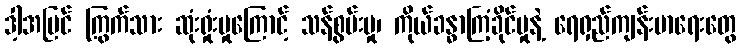
ဒါ့အပြင် ကြွက်သား ဆုံးရှုံးမှုကြောင့် သန်စွမ်းမှု၊ ကိုယ်ခန္ဓာကြံ့ခိုင်မှုနဲ့ ရေရှည်ကျန်းမာရေးတွေ